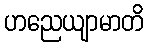
ဟညေယျာမာတိ